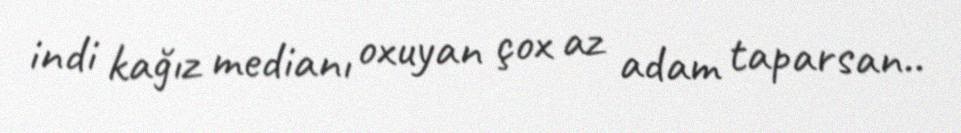
indi kağız medianı oxuyan çox az adam taparsan..